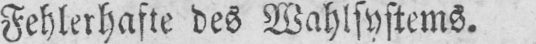
Fehlerhafte des Wahlsystems.